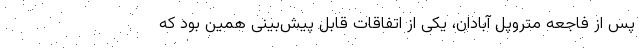
پس از فاجعه متروپل آبادان، یکی از اتفاقات قابل پیش‌بینی همین بود که